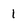
Character: 1